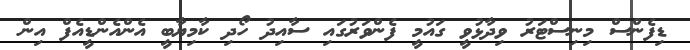
ޑިފެންސް މިނިސްޓަރު ވިދާޅުވީ ގައުމީ ފެންވަރުގައި ސާއިދު ހޯދި ކާމިޔާބީ އެންއެންޑީއެފް އިން